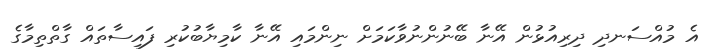
އެ މުއްސަނދި ދިރިއުޅުން އޭނާ ބޭނުންނުވާކަމަށް ނިންމައި އޭނާ ކާމިޔާބުކުރި ފައިސާތައް ގާތްތިމާގެ